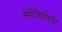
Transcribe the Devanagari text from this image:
सेरेंडिपिटी